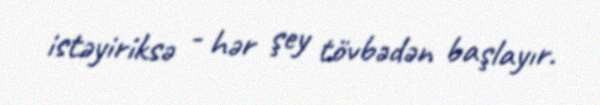
istəyiriksə - hər şey tövbədən başlayır.